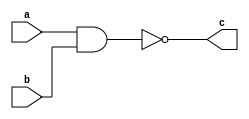
module nand_gate(c,a,b);
    input a,b;
    output c;
    
    nand g1(c,a,b);
    
endmodule